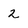
Character: 2